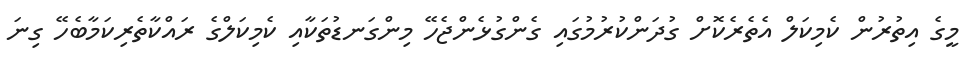
މީގެ އިތުރުން ކެމިކަލް އެތެރެކޮށް ގުދަންކުރުމުގައި ގެންގުޅެންޖެހޭ މިންގަނޑުތަކާއި ކެމިކަލްގެ ރައްކާތެރިކަމާބެހޭ ގިނަ